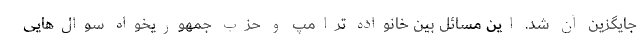
جایگزین آن شد. این مسائل بین خانواده ترامپ و حزب جمهوریخواه سوال‌هایی